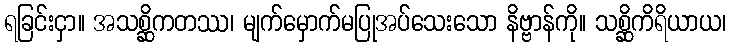
ရခြင်းငှာ။ အသစ္ဆိကတဿ၊ မျက်မှောက်မပြုအပ်သေးသော နိဗ္ဗာန်ကို။ သစ္ဆိကိရိယာယ၊